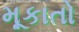
મૂકાતો